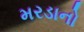
મરડાનો